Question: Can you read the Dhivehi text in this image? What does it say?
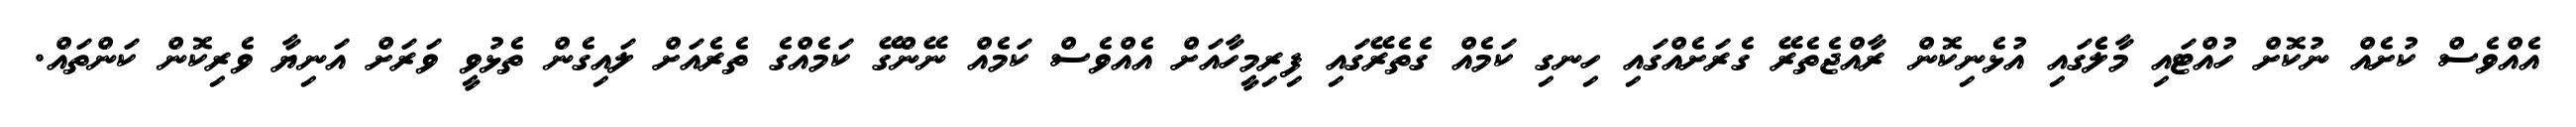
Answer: އެއްވެސް ކުށެއް ނުކޮށް ހުއްޓައި މާލެެގައި އުޅެނިކޮން ރާއްޖެތެރޭ ގެރަށެއްގައި ހިނގި ކަމެއް ގެތެރޭގައި ފިރިމީހާއަށް އެއްވެސް ކަމެއް ނޭންގޭ ކަމެއްގެ ތެރެއަށް ލައިގެން ތެޅުވީ ވަރަށް އަނިޔާ ވެރިކޮން ކަންތައް.